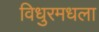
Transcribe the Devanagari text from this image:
विधुरमधला